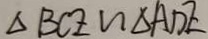
\Delta B C E \sim \Delta A D E